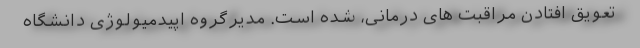
تعویق افتادن مراقبت های درمانی، شده است. مدیرگروه اپیدمیولوژی دانشگاه